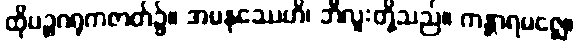
ထိုပဉ္စဂရုကဇာတ်၌။ အမနုဿေဟိ၊ ဘီလူးတို့သည်။ ကန္တာရမဇ္ဈေ၊